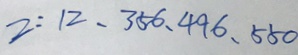
2 : 1 2 、 3 5 6 、 4 9 6 、 5 5 0